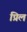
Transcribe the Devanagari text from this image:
प्रिल